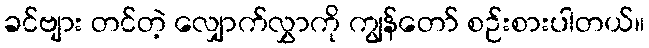
ခင်ဗျား တင်တဲ့ လျှောက်လွှာကို ကျွန်တော် စဉ်းစားပါတယ်။